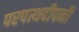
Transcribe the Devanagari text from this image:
परपत्थदीपनी